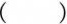
( )